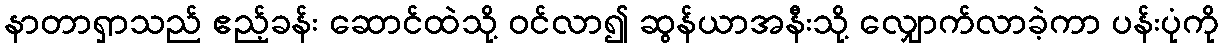
နာတာရှာသည် ဧည့်ခန်း ဆောင်ထဲသို့ ဝင်လာ၍ ဆွန်ယာအနီးသို့ လျှောက်လာခဲ့ကာ ပန်းပုံကို